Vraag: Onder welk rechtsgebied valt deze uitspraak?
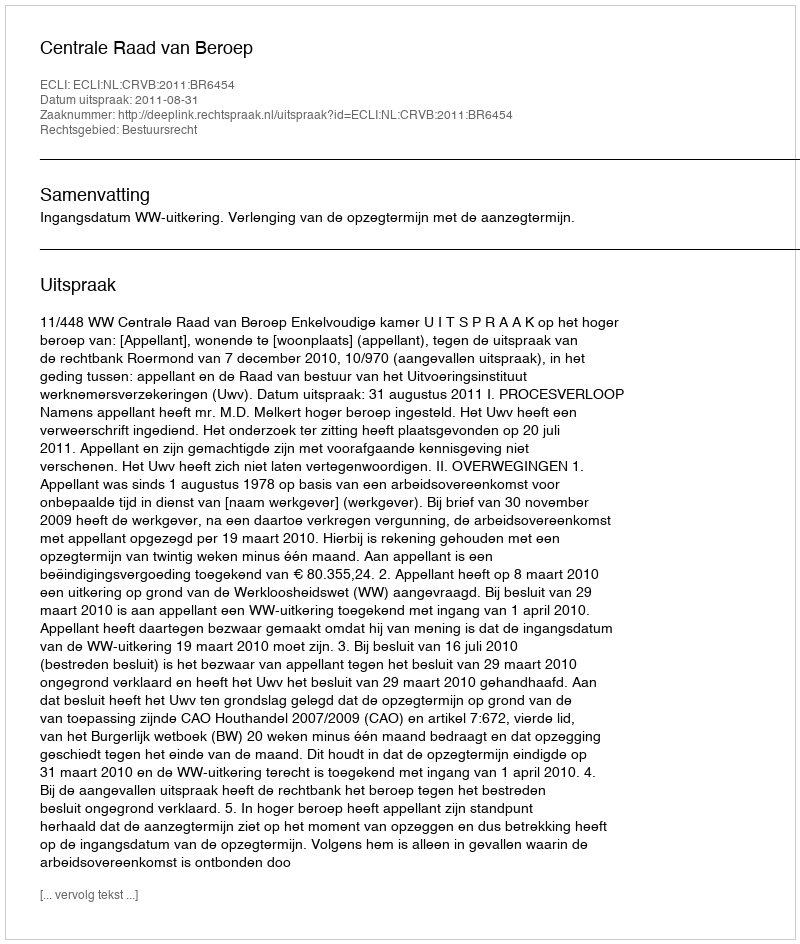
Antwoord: Bestuursrecht